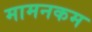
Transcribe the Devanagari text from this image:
मामनकम